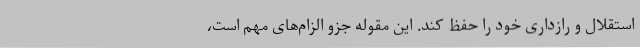
استقلال و رازداری خود را حفظ کند. این مقوله جزو الزام‌های مهم است،